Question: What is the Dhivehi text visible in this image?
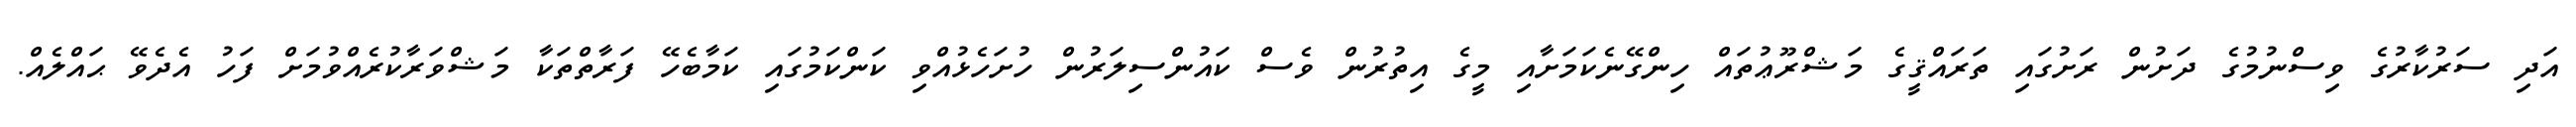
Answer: އަދި ސަރުކާރުގެ ވިސްނުމުގެ ދަށުން ރަށުގައި ތަރައްޤީގެ މަޝްރޫޢުތައް ހިންގޭނެކަމަށާއި މީގެ އިތުރުން ވެސް ކައުންސިލަރުން ހުށަހެޅުއްވި ކަންކަމުގައި ކަމާބެހޭ ފަރާތްތަކާ މަޝްވަރާކުރެއްވުމަށް ފަހު އެދެވޭ ޙައްލެއް.